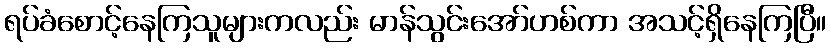
ရပ်ခံစောင့်နေကြသူများကလည်း မာန်သွင်းအော်ဟစ်ကာ အသင့်ရှိနေကြပြီ။